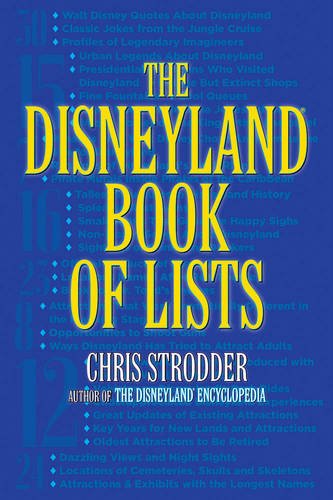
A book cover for The Disneyland Book of Lists; Chris Strodder; Travel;